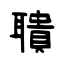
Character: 聵